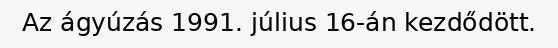
Az ágyúzás 1991. július 16-án kezdődött.